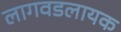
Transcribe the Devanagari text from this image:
लागवडलायक